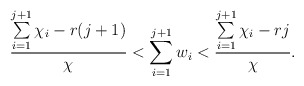
\begin{align*} \frac{\sum\limits_{i=1}^{j+1}\chi_i - r(j+1)}{\chi} < \sum\limits_{i=1}^{j+1}w_i < \frac{\sum\limits_{i=1}^{j+1}\chi_i - rj}{\chi}. \end{align*}